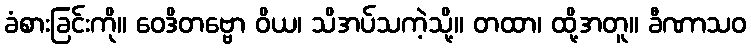
ခံစားခြင်းကို။ ဝေဒိတဗ္ဗော ဝိယ၊ သိအပ်သကဲ့သို့။ တထာ၊ ထို့အတူ။ ခီဏာသဝ